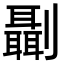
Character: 𠠨